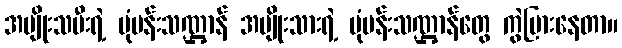
အမျိုးသမီးရဲ့ ပုံပန်းသဏ္ဌာန် အမျိုးသားရဲ့ ပုံပန်းသဏ္ဌာန်တွေ ကွဲပြားနေတာ။